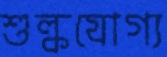
শুল্কযোগ্য